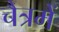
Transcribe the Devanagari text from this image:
चैत्रमें